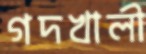
গদখালী